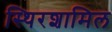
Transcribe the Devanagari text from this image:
स्थिरशामिल